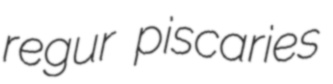
regur piscaries